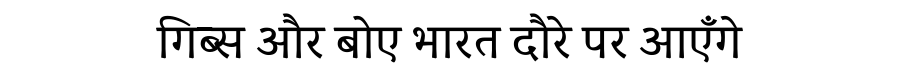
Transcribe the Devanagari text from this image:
गिब्स और बोए भारत दौरे पर आएँगे